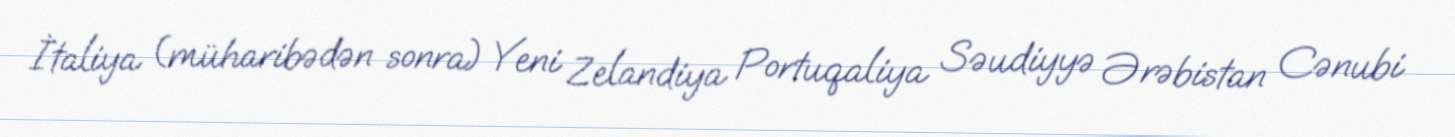
İtaliya (müharibədən sonra) Yeni Zelandiya Portuqaliya Səudiyyə Ərəbistan Cənubi